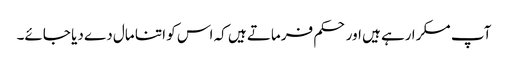
آپ مسکرا رہے ہیں اور حکم فرماتے ہیں کہ اس کو اتنا مال دے دیا جائے۔